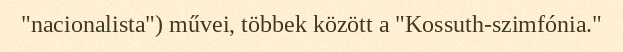
"nacionalista") művei, többek között a "Kossuth-szimfónia."